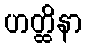
ဟတ္ထိနာ